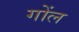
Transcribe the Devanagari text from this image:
गोंल